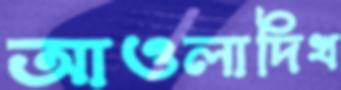
আওলাদিখ